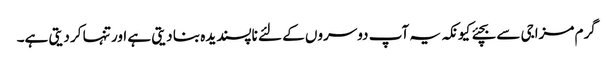
گرم مزاجی سے بچئے کیونکہ یہ آپ دوسروں کے لئے ناپسندیدہ بنا دیتی ہے اور تنہا کر دیتی ہے۔